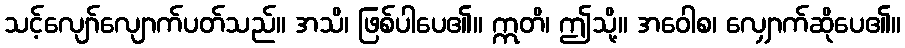
သင့်လျော်လျောက်ပတ်သည်။ အသိ၊ ဖြစ်ပါပေ၏။ ဣတိ၊ ဤသို့။ အဝေါစ၊ လျှောက်ဆိုပေ၏။